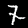
Digit: 7